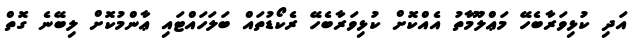
އަދި ކުޅިވަރާބެހޭ މަޢްލޫމާތު އެއްކޮށް ކުޅިވަރާބެހޭ ރެކޯޑުތައް ބަލަހައްޓައި ޢާންމުކޮށް ލިބޭނެ ގޮތް